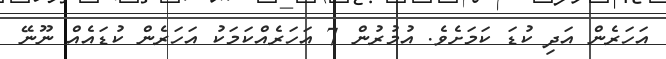
އަހަރެން އަދި ކުޑަ ކަމަށެވެ. އުމުރުން 7 އަހަރެއްކަމަކު އަހަރެން ކުޑައެއް ނޫނޭ